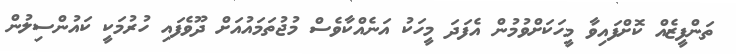
ތަންފީޒެއް ކޮށްފައިވާ މީހަކަށްވުމުން އެފަދަ މީހަކު އަނެއްކާވެސް މުޖުތަމައުއަށް ދޫވެފައި ހުރުމަކީ ކައުންސިލުން